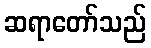
ဆရာတော်သည်